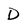
Character: D